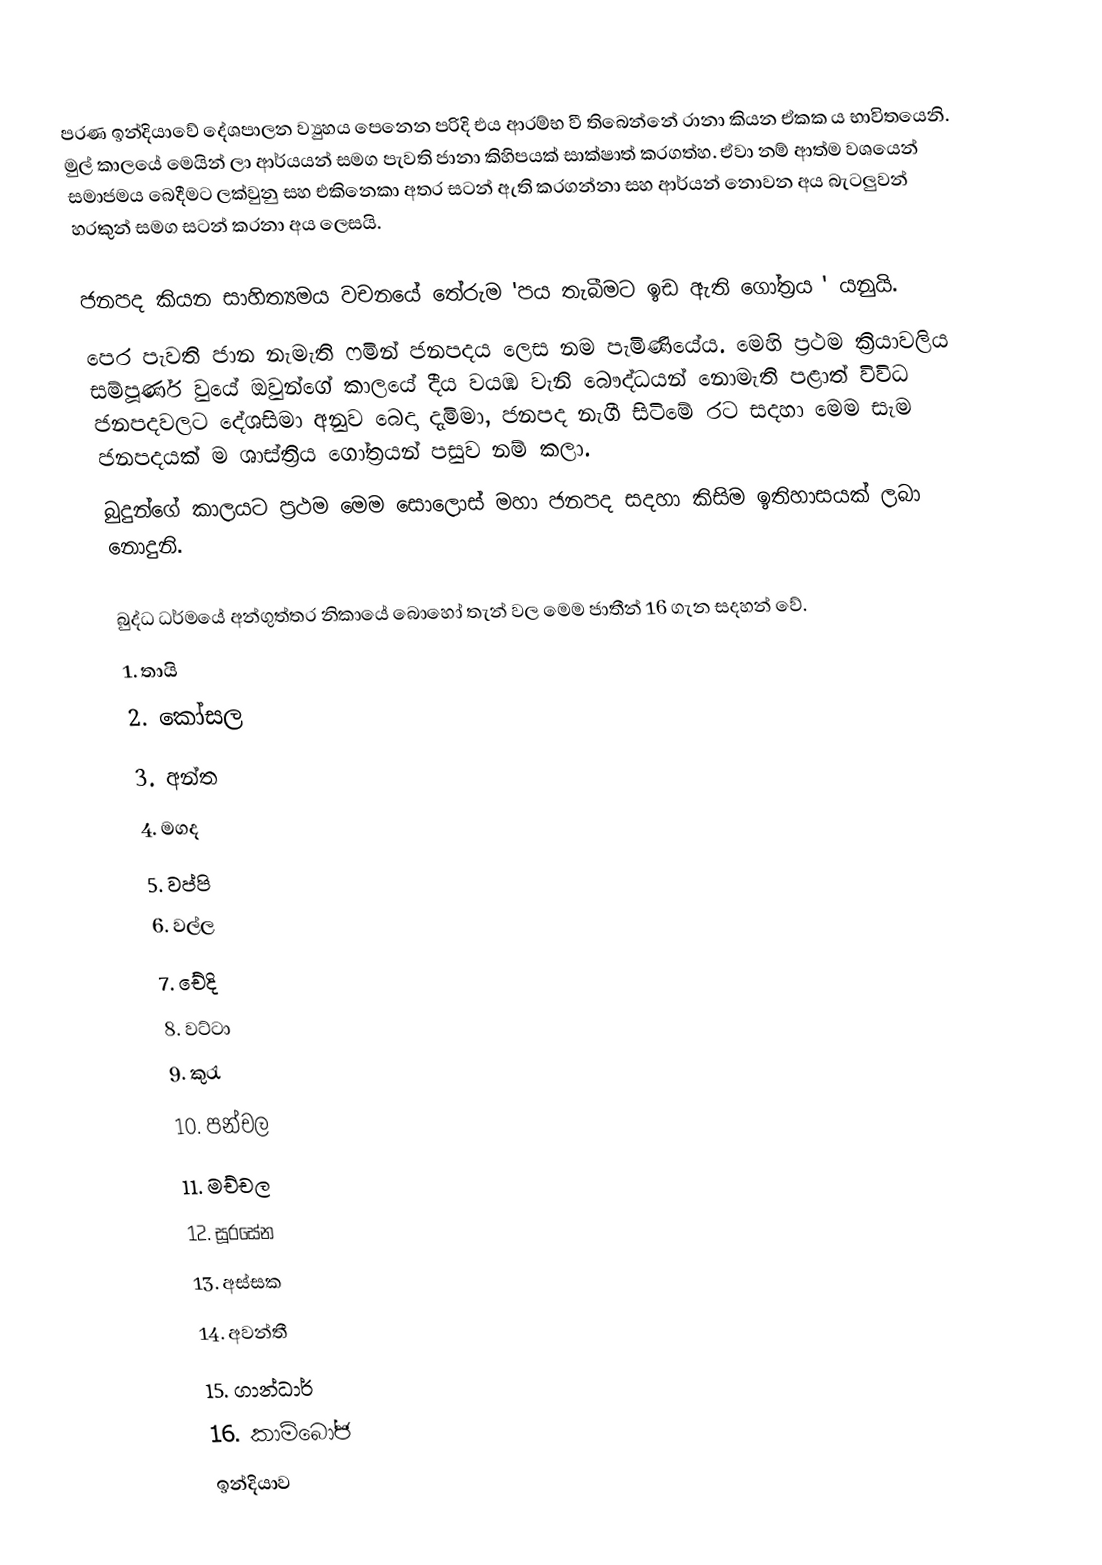
පරණ ඉන්දියාවේ දේශපාලන ව්‍යුහය පෙනෙන පරිදි එය ආරම්භ වී තිබෙන්නේ රානා කියන ඒකක ය භාවිතයෙනි. මුල් කාලයේ මෙයින් ලා ආර්යයන් සමග පැවති ජානා කිහිපයක් සාක්ෂාත් කරගත්හ. ඒවා නම් ආත්ම වශයෙන් සමාජමය බෙදීමට ලක්වුනු සහ එකිනෙකා අතර සටන් ඇති කරගන්නා සහ ආර්යන් නොවන අය බැටලුවන් හරකුන් සමග සටන් කරනා අය ලෙසයි.

ජනපද කියන සාහිත්‍යමය වචනයේ තේරුම  'පය තැබීමට ඉඩ ඇති ගෝත්‍රය ' යනුයි.
පෙර පැවති ජාන නැමැති ෆමින් ජනපදය ලෙස නම පැමිණියේය. ‍මෙහි ප්‍රථම ක්‍රියාවලිය සම්පූර්ණ වුයේ ඔවුන්ගේ කාලයේ දීය වයඹ වැනි බෞද්ධයන් නොමැති පළාත් විවිධ ජනපදවලට දේශසිමා අනුව බෙදා දැමිමා, ජනපද නැගී සිටිමේ රට සදහා මෙම සැම ජනපදයක් ම ශාස්ත්‍රිය ගෝත්‍රයන් පසුව නම් කලා.
බුදුන්ගේ කාලයට ප්‍රථම මෙම ‍සොලොස් මහා ජනපද සදහා කිසිම ඉතිහාසයක් ලබා නොදුනි.

බුද්ධ ධර්මයේ අන්ගුත්තර නිකායේ බොහෝ තැන් වල මෙම ජාතීන් 16 ගැන සදහන් වේ.
1.	තායි
2.	කෝසල
3.	අන්ත
4.	මගද
5.	වප්පි
6.	වල්ල
7.	චේදි
8.	වට්ටා
9.	කුරැ
10.	පන්චල
11.	මච්චල
12.	සූරසේන
13.	අස්සක
14.	අවන්තී
15.	ගාන්ධාර්
16.	කාම්බෝජ
ඉන්දියාව